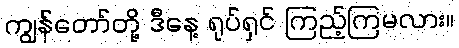
ကျွန်တော်တို့ ဒီနေ့ ရုပ်ရှင် ကြည့်ကြမလား။